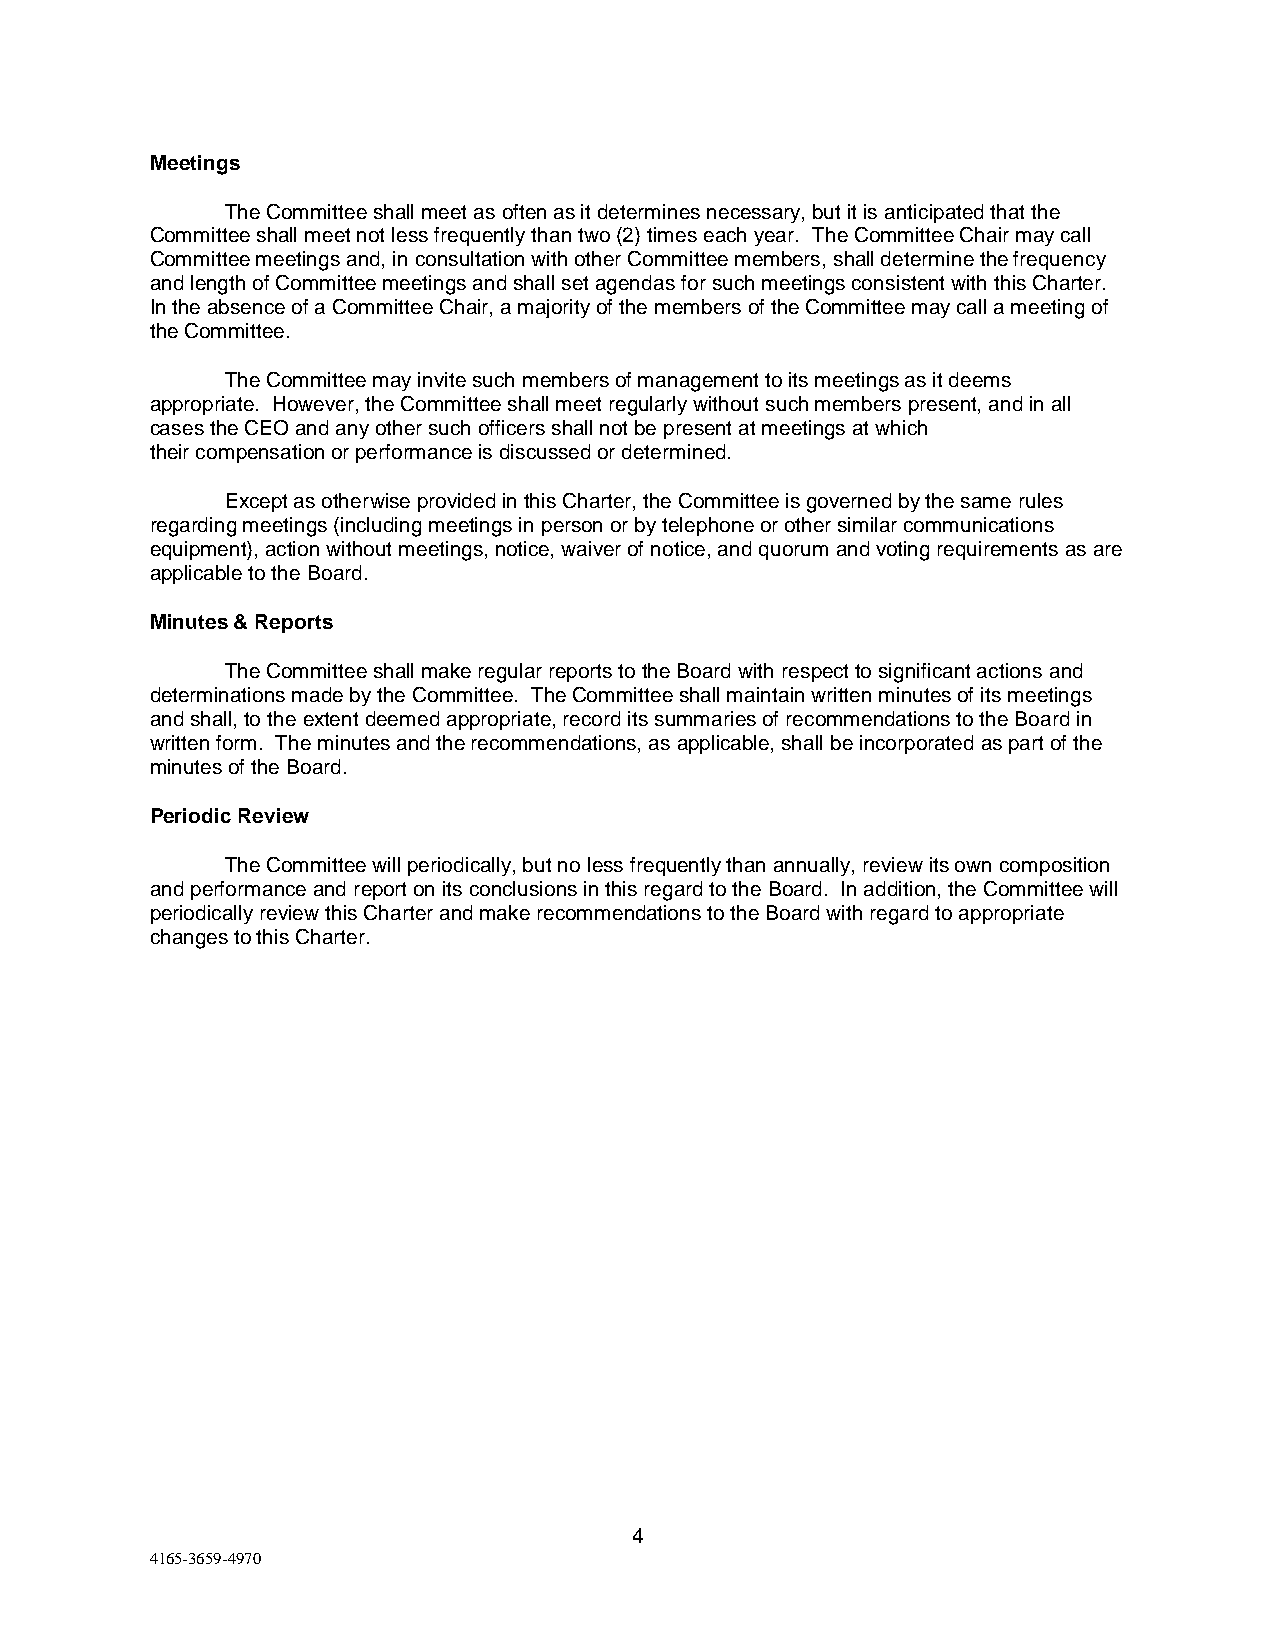
Meetings
 The Committee shall meet as often as it determines necessary, but it is anticipated that the
 Committee shall meet not less frequently than two (2) times each year. The Committee Chair may call
 Committee meetings and, in consultation with other Committee members, shall determine the frequency
 and length of Committee meetings and shall set agendas for such meetings consistent with this Charter.
 In the absence of a Committee Chair, a majority of the members of the Committee may call a meeting of
 the Committee.
 The Committee may invite such members of management to its meetings as it deems
 appropriate. However, the Committee shall meet regularly without such members present, and in all
 cases the CEO and any other such officers shall not be present at meetings at which
 their compensation or performance is discussed or determined.
 Except as otherwise provided in this Charter, the Committee is governed by the same rules
 regarding meetings (including meetings in person or by telephone or other similar communications
 equipment), action without meetings, notice, waiver of notice, and quorum and voting requirements as are
 applicable to the Board.
 Minutes & Reports
 The Committee shall make regular reports to the Board with respect to significant actions and
 determinations made by the Committee. The Committee shall maintain written minutes of its meetings
 and shall, to the extent deemed appropriate, record its summaries of recommendations to the Board in
 written form. The minutes and the recommendations, as applicable, shall be incorporated as part of the
 minutes of the Board.
 Periodic Review
 The Committee will periodically, but no less frequently than annually, review its own composition
 and performance and report on its conclusions in this regard to the Board. In addition, the Committee will
 periodically review this Charter and make recommendations to the Board with regard to appropriate
 changes to this Charter.
 4
 4165-3659-4970